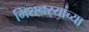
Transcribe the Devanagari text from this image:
मिशनर्‍यांच्या